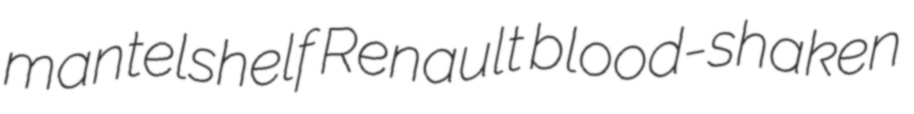
mantelshelf Renault blood-shaken